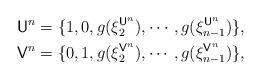
LaTeX: \begin{align*}\mathsf{U}^n&=\{1,0,g(\xi_2^{\mathsf{U}^n}),\cdots,g(\xi_{n-1}^{\mathsf{U}^n})\},\\\mathsf{V}^n&=\{0,1,g(\xi_2^{\mathsf{V}^n}),\cdots,g(\xi_{n-1}^{\mathsf{V}^n})\},\end{align*}